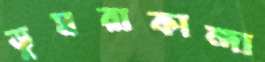
ডুমরাকান্দা